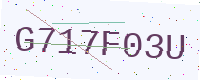
Text: G717F03U